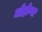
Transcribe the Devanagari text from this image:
मोहोऱ्या